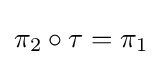
\pi _{2}\circ \tau =\pi _{1}